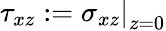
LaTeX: \tau_{xz}:=\left.\sigma_{xz}\right|_{z=0}